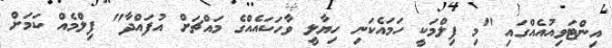
އިންޓަވިއުއެއްގައި "މި ފިލްމަކީ ހަމައެކަނި ހިޔާލީ ވާހަކައެއްގެ މައްޗަށް އުފައްދާ" ފިލްމެއް ކަމަށް